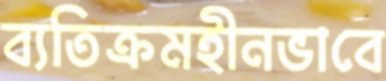
ব্যতিক্রমহীনভাবে